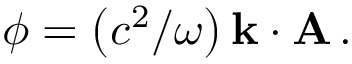
\phi = \left( c ^ { 2 } / \omega \right) { \bf k } \cdot { \bf A } \, .